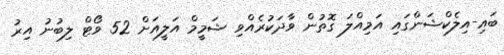
ބައި-އިލެކްޝަންގައި އަމިއްލަ ގޮތުން ވާދަކުރެއްވި ޝަމީމް އަލީއަށް 52 ވޯޓް ލިބުނު އިރު